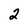
Character: 2